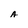
Character: A